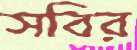
সবির